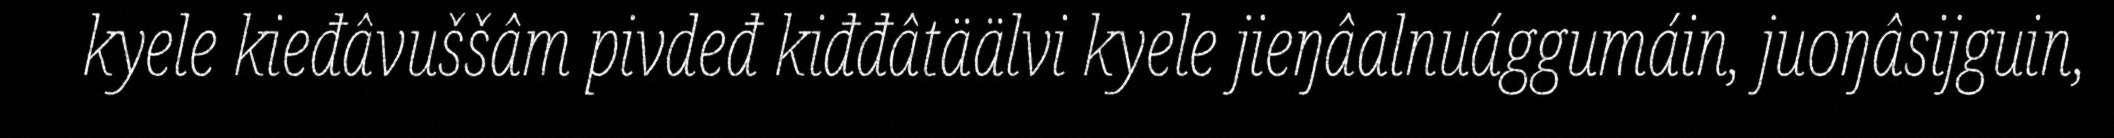
kyele kieđâvuššâm pivdeđ kiđđâtäälvi kyele jieŋâalnuággumáin, juoŋâsijguin,